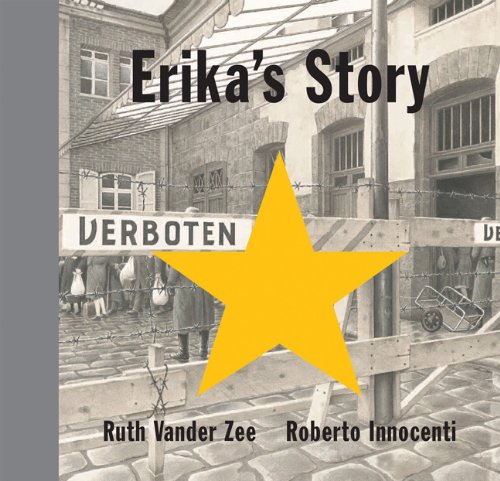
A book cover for Erika's Story; Ruth Vander Zee; Children's Books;